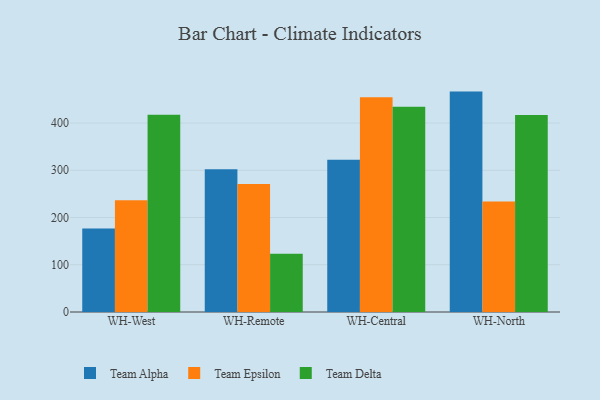
{"axis": {"x": "Warehouse", "y": "Backlog"}, "legend": ["Team Alpha", "Team Delta", "Team Epsilon"], "data": [{"x": "WH-West", "y": 176.9, "type": "Team Alpha"}, {"x": "WH-West", "y": 236.8, "type": "Team Epsilon"}, {"x": "WH-West", "y": 417.7, "type": "Team Delta"}, {"x": "WH-Remote", "y": 302.4, "type": "Team Alpha"}, {"x": "WH-Remote", "y": 271.1, "type": "Team Epsilon"}, {"x": "WH-Remote", "y": 123.3, "type": "Team Delta"}, {"x": "WH-Central", "y": 322.4, "type": "Team Alpha"}, {"x": "WH-Central", "y": 454.5, "type": "Team Epsilon"}, {"x": "WH-Central", "y": 434.5, "type": "Team Delta"}, {"x": "WH-North", "y": 466.6, "type": "Team Alpha"}, {"x": "WH-North", "y": 234.0, "type": "Team Epsilon"}, {"x": "WH-North", "y": 417.3, "type": "Team Delta"}]}